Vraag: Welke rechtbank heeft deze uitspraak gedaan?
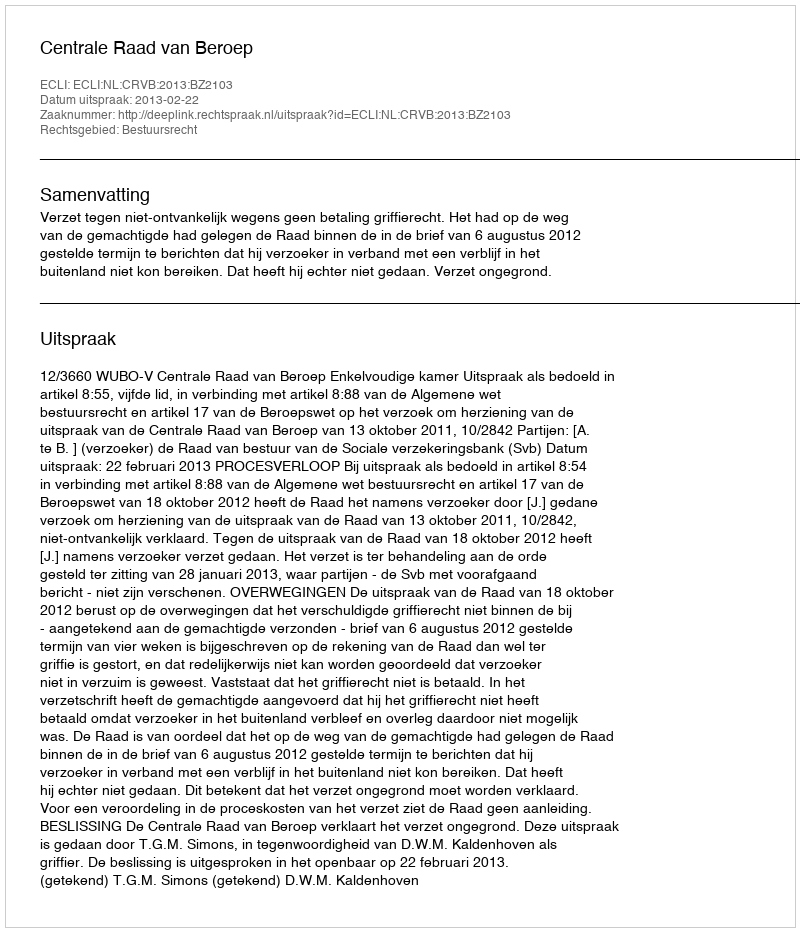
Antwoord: Centrale Raad van Beroep